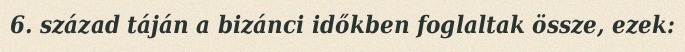
6. század táján a bizánci időkben foglaltak össze, ezek: